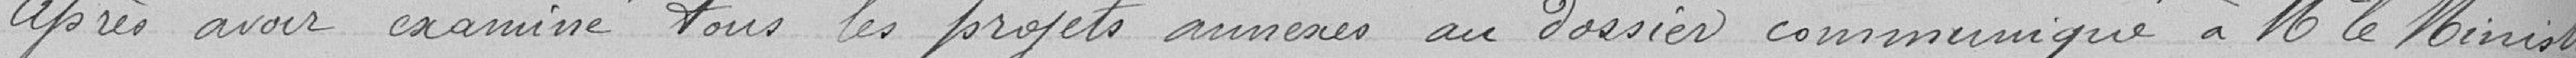
Après avoir examiné tous les projets annexés au dossier communiqué à Monsieur le Ministre